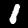
Label: 1